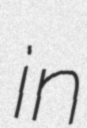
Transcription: in